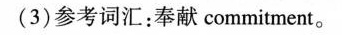
(3)参考词汇：奉献commitment。